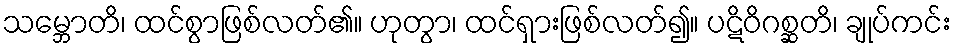
သမ္ဘောတိ၊ ထင်စွာဖြစ်လတ်၏။ ဟုတွာ၊ ထင်ရှားဖြစ်လတ်၍။ ပဋိဝိဂစ္ဆတိ၊ ချုပ်ကင်း